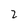
Character: 2